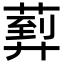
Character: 𦻢